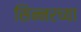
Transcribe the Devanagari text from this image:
सिन्नरच्या